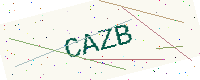
Text: CAZB